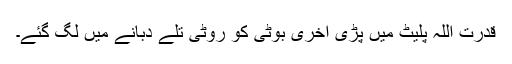
قدرت اللہ پلیٹ میں پڑی آخری بوٹی کو روٹی تلے دبانے میں لگ گئے۔